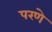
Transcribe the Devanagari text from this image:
परणे